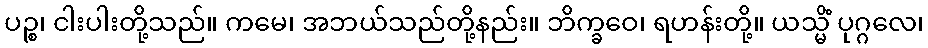
ပဉ္စ၊ ငါးပါးတို့သည်။ ကမေ၊ အဘယ်သည်တို့နည်း။ ဘိက္ခဝေ၊ ရဟန်းတို့။ ယသ္မိံ ပုဂ္ဂလေ၊